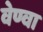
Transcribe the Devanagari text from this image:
वेण्वा